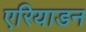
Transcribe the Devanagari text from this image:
एरियाडन